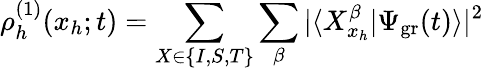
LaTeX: \rho_{h}^{(1)}(x_{h};t)=\sum_{X\in\{ I,S,T\} }\sum_{\beta}|\langle X_{x_{h}}^{\beta}|\Psi_{\mathrm{gr}}(t)\rangle|^{2}